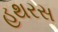
હથરસ